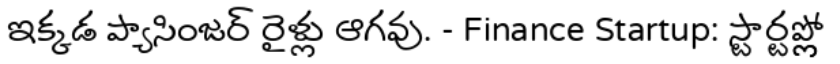
ఇక్కడ ప్యాసింజర్ రైళ్లు ఆగవు. - Finance Startup: స్టార్టప్ల్లో